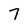
Character: 7